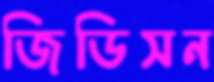
জিডিসন